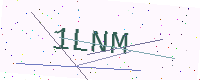
Text: 1LNM